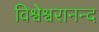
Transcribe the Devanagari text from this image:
विश्वेश्वरानन्द